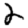
Digit: 2